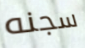
سجنه